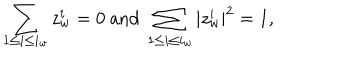
\sum _ { 1 \leq i \leq i _ { w } } z _ { w } ^ { i } = 0 \mathrm { ~ a n d ~ } \sum _ { 1 \leq i \leq i _ { w } } | z _ { w } ^ { i } | ^ { 2 } = 1 ,